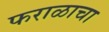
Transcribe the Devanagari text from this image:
फराळाचा